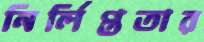
নির্লিপ্ততার